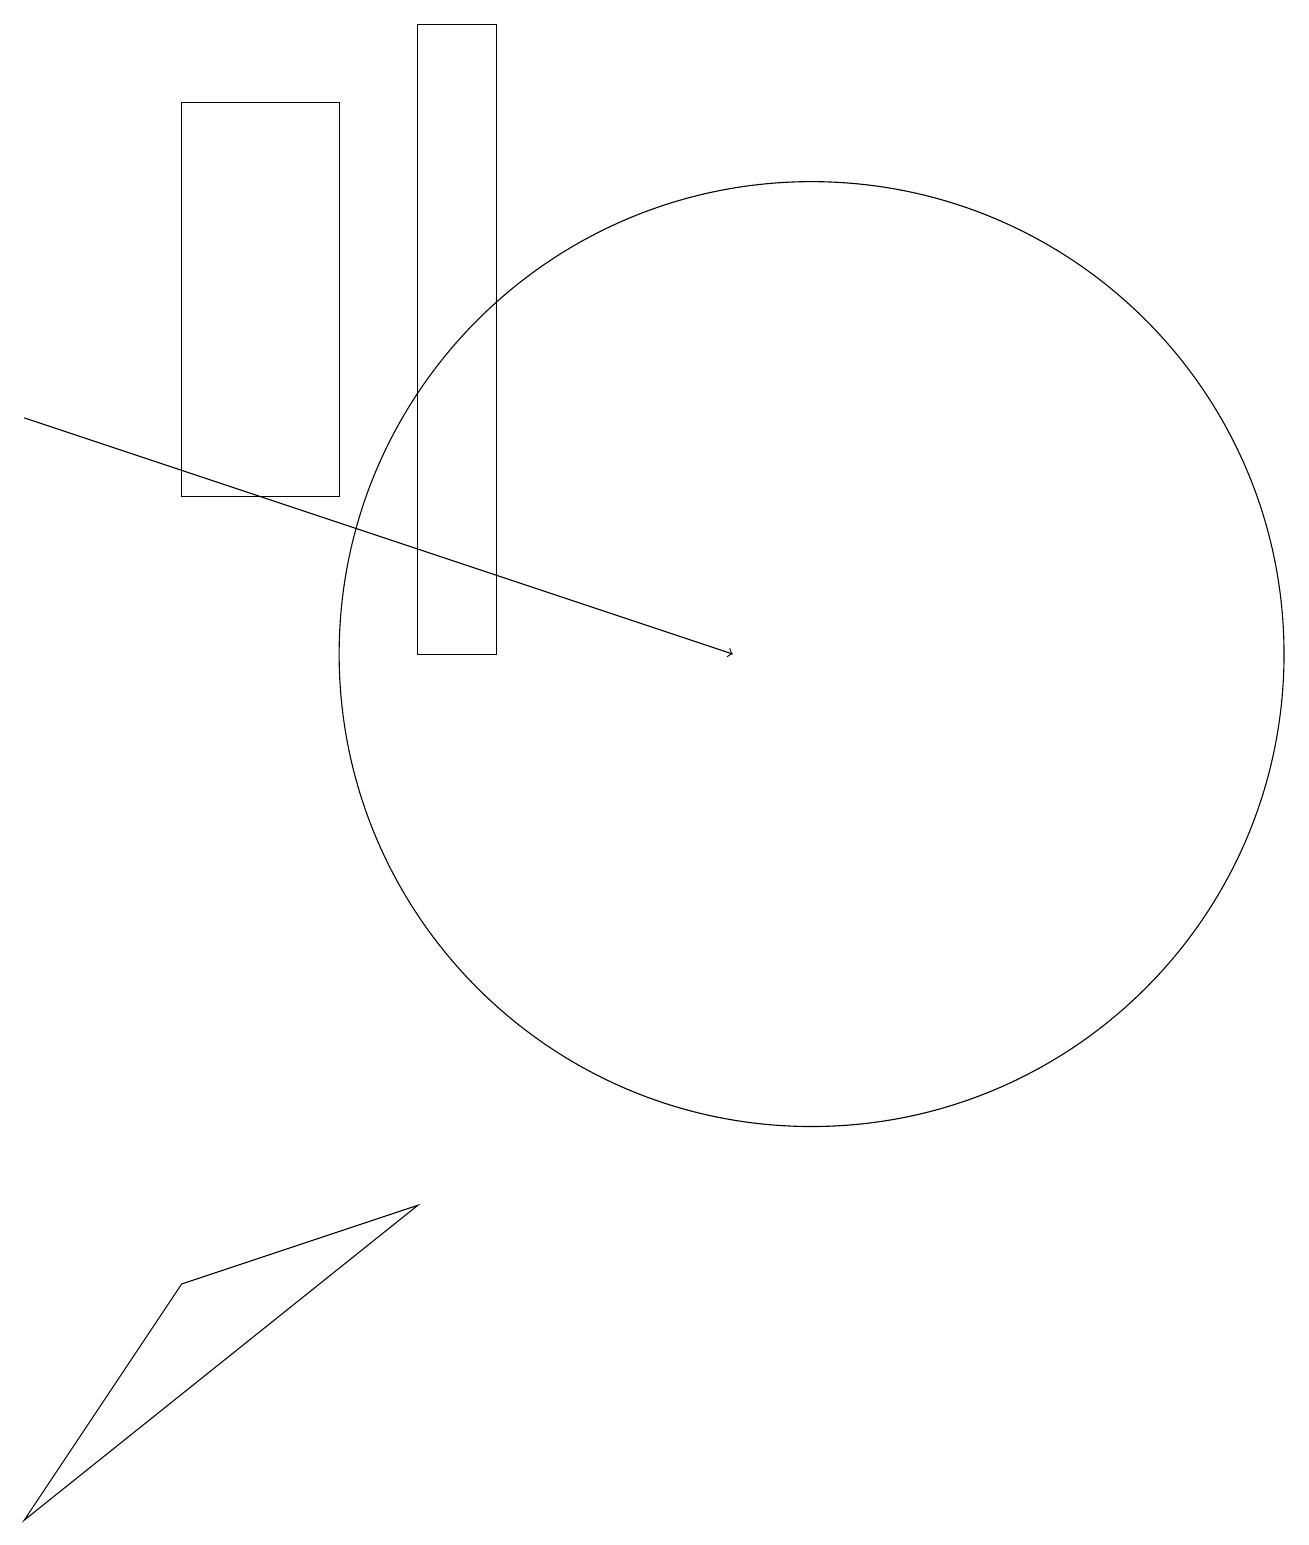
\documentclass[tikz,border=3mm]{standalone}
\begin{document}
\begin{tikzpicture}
\draw[->] (0,14) -- (9,11);
\draw (2,15) rectangle (2,18);
\draw (10,11) circle (6);
\draw (2,18) rectangle (4,13);
\draw (5,4) -- (2,3) -- (0,0) -- cycle;
\draw (5,19) rectangle (6,11);
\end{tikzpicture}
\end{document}